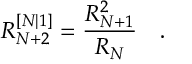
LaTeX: R _ { N + 2 } ^ { [ N \vert 1 ] } = \frac { R _ { N + 1 } ^ { 2 } } { R _ { N } } \quad .